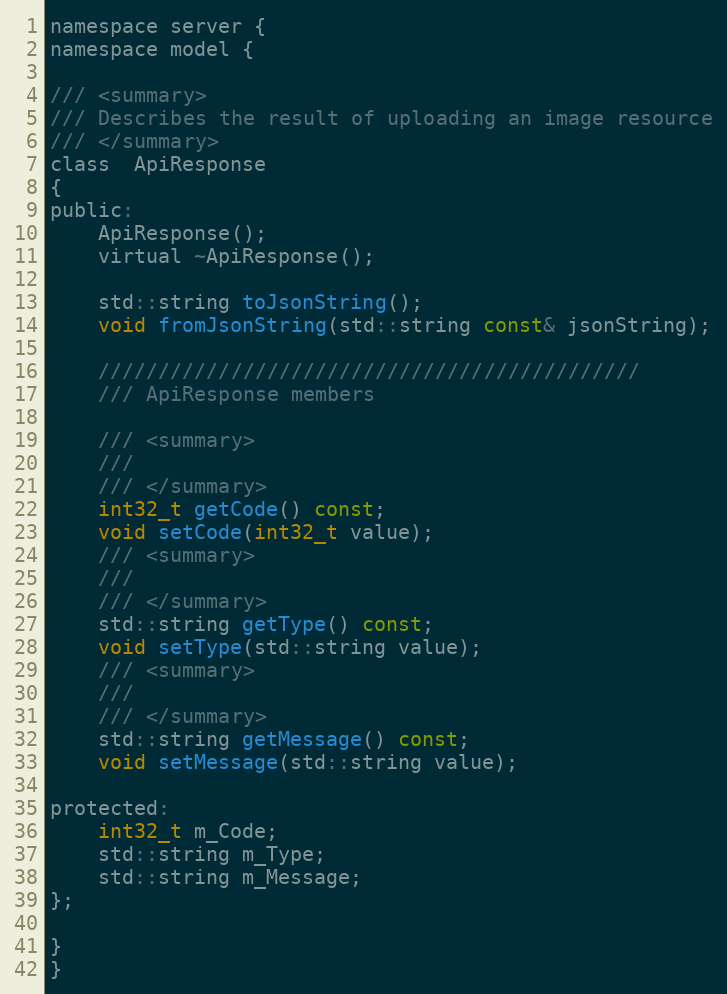
Language: C
namespace server {
namespace model {

/// <summary>
/// Describes the result of uploading an image resource
/// </summary>
class  ApiResponse
{
public:
    ApiResponse();
    virtual ~ApiResponse();

    std::string toJsonString();
    void fromJsonString(std::string const& jsonString);

    /////////////////////////////////////////////
    /// ApiResponse members

    /// <summary>
    ///
    /// </summary>
    int32_t getCode() const;
    void setCode(int32_t value);
    /// <summary>
    ///
    /// </summary>
    std::string getType() const;
    void setType(std::string value);
    /// <summary>
    ///
    /// </summary>
    std::string getMessage() const;
    void setMessage(std::string value);

protected:
    int32_t m_Code;
    std::string m_Type;
    std::string m_Message;
};

}
}